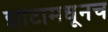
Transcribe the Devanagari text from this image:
झीटामधूनच